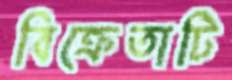
বিক্রেতাটি